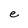
Character: e